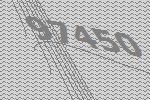
97450